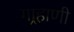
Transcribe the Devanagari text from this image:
गार्‍हाणी